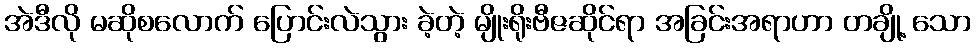
အဲဒီလို မဆိုစလောက် ပြောင်းလဲသွား ခဲ့တဲ့ မျိုးရိုးဗီဇဆိုင်ရာ အခြင်းအရာဟာ တချို့ သော